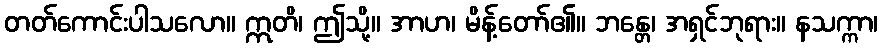
တတ်ကောင်းပါသလော။ ဣတိ၊ ဤသို့။ အာဟ၊ မိန့်တော်၏။ ဘန္တေ၊ အရှင်ဘုရား။ နသက္ကာ၊